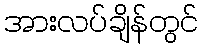
အားလပ်ချိန်တွင်